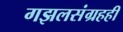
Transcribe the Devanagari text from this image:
गझलसंग्रहही